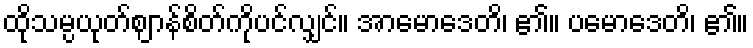
ထိုသမ္ပယုတ်ဈာန်စိတ်ကိုပင်လျှင်။ အာမောဒေတိ၊ ၏။ ပမောဒေတိ၊ ၏။